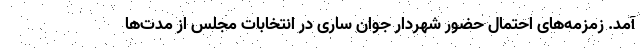
آمد. زمزمه‌های احتمال حضور شهردار جوان ساری در انتخابات مجلس از مدت‌ها